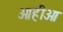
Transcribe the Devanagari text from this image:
ओहीओ